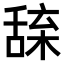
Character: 𦧢